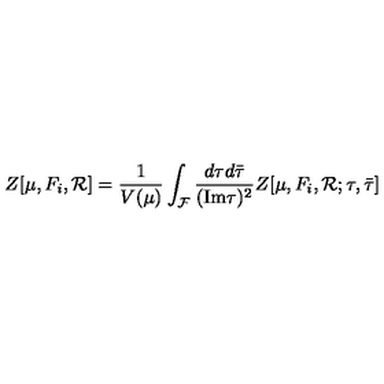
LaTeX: Z [ \mu , F _ { i } , { \cal R } ] = \frac { 1 } { V ( \mu ) } \int _ { \cal F } \frac { d \tau d { \bar { \tau } } } { ( \mathrm { I m } \tau ) ^ { 2 } } Z [ \mu , F _ { i } , { \cal R } ; \tau , { \bar { \tau } } ]